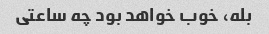
بله، خوب خواهد بود چه ساعتی